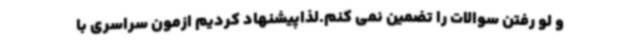
و لو رفتن سوالات را تضمین نمی کنم.لذاپیشنهاد کردیم ازمون سراسری با